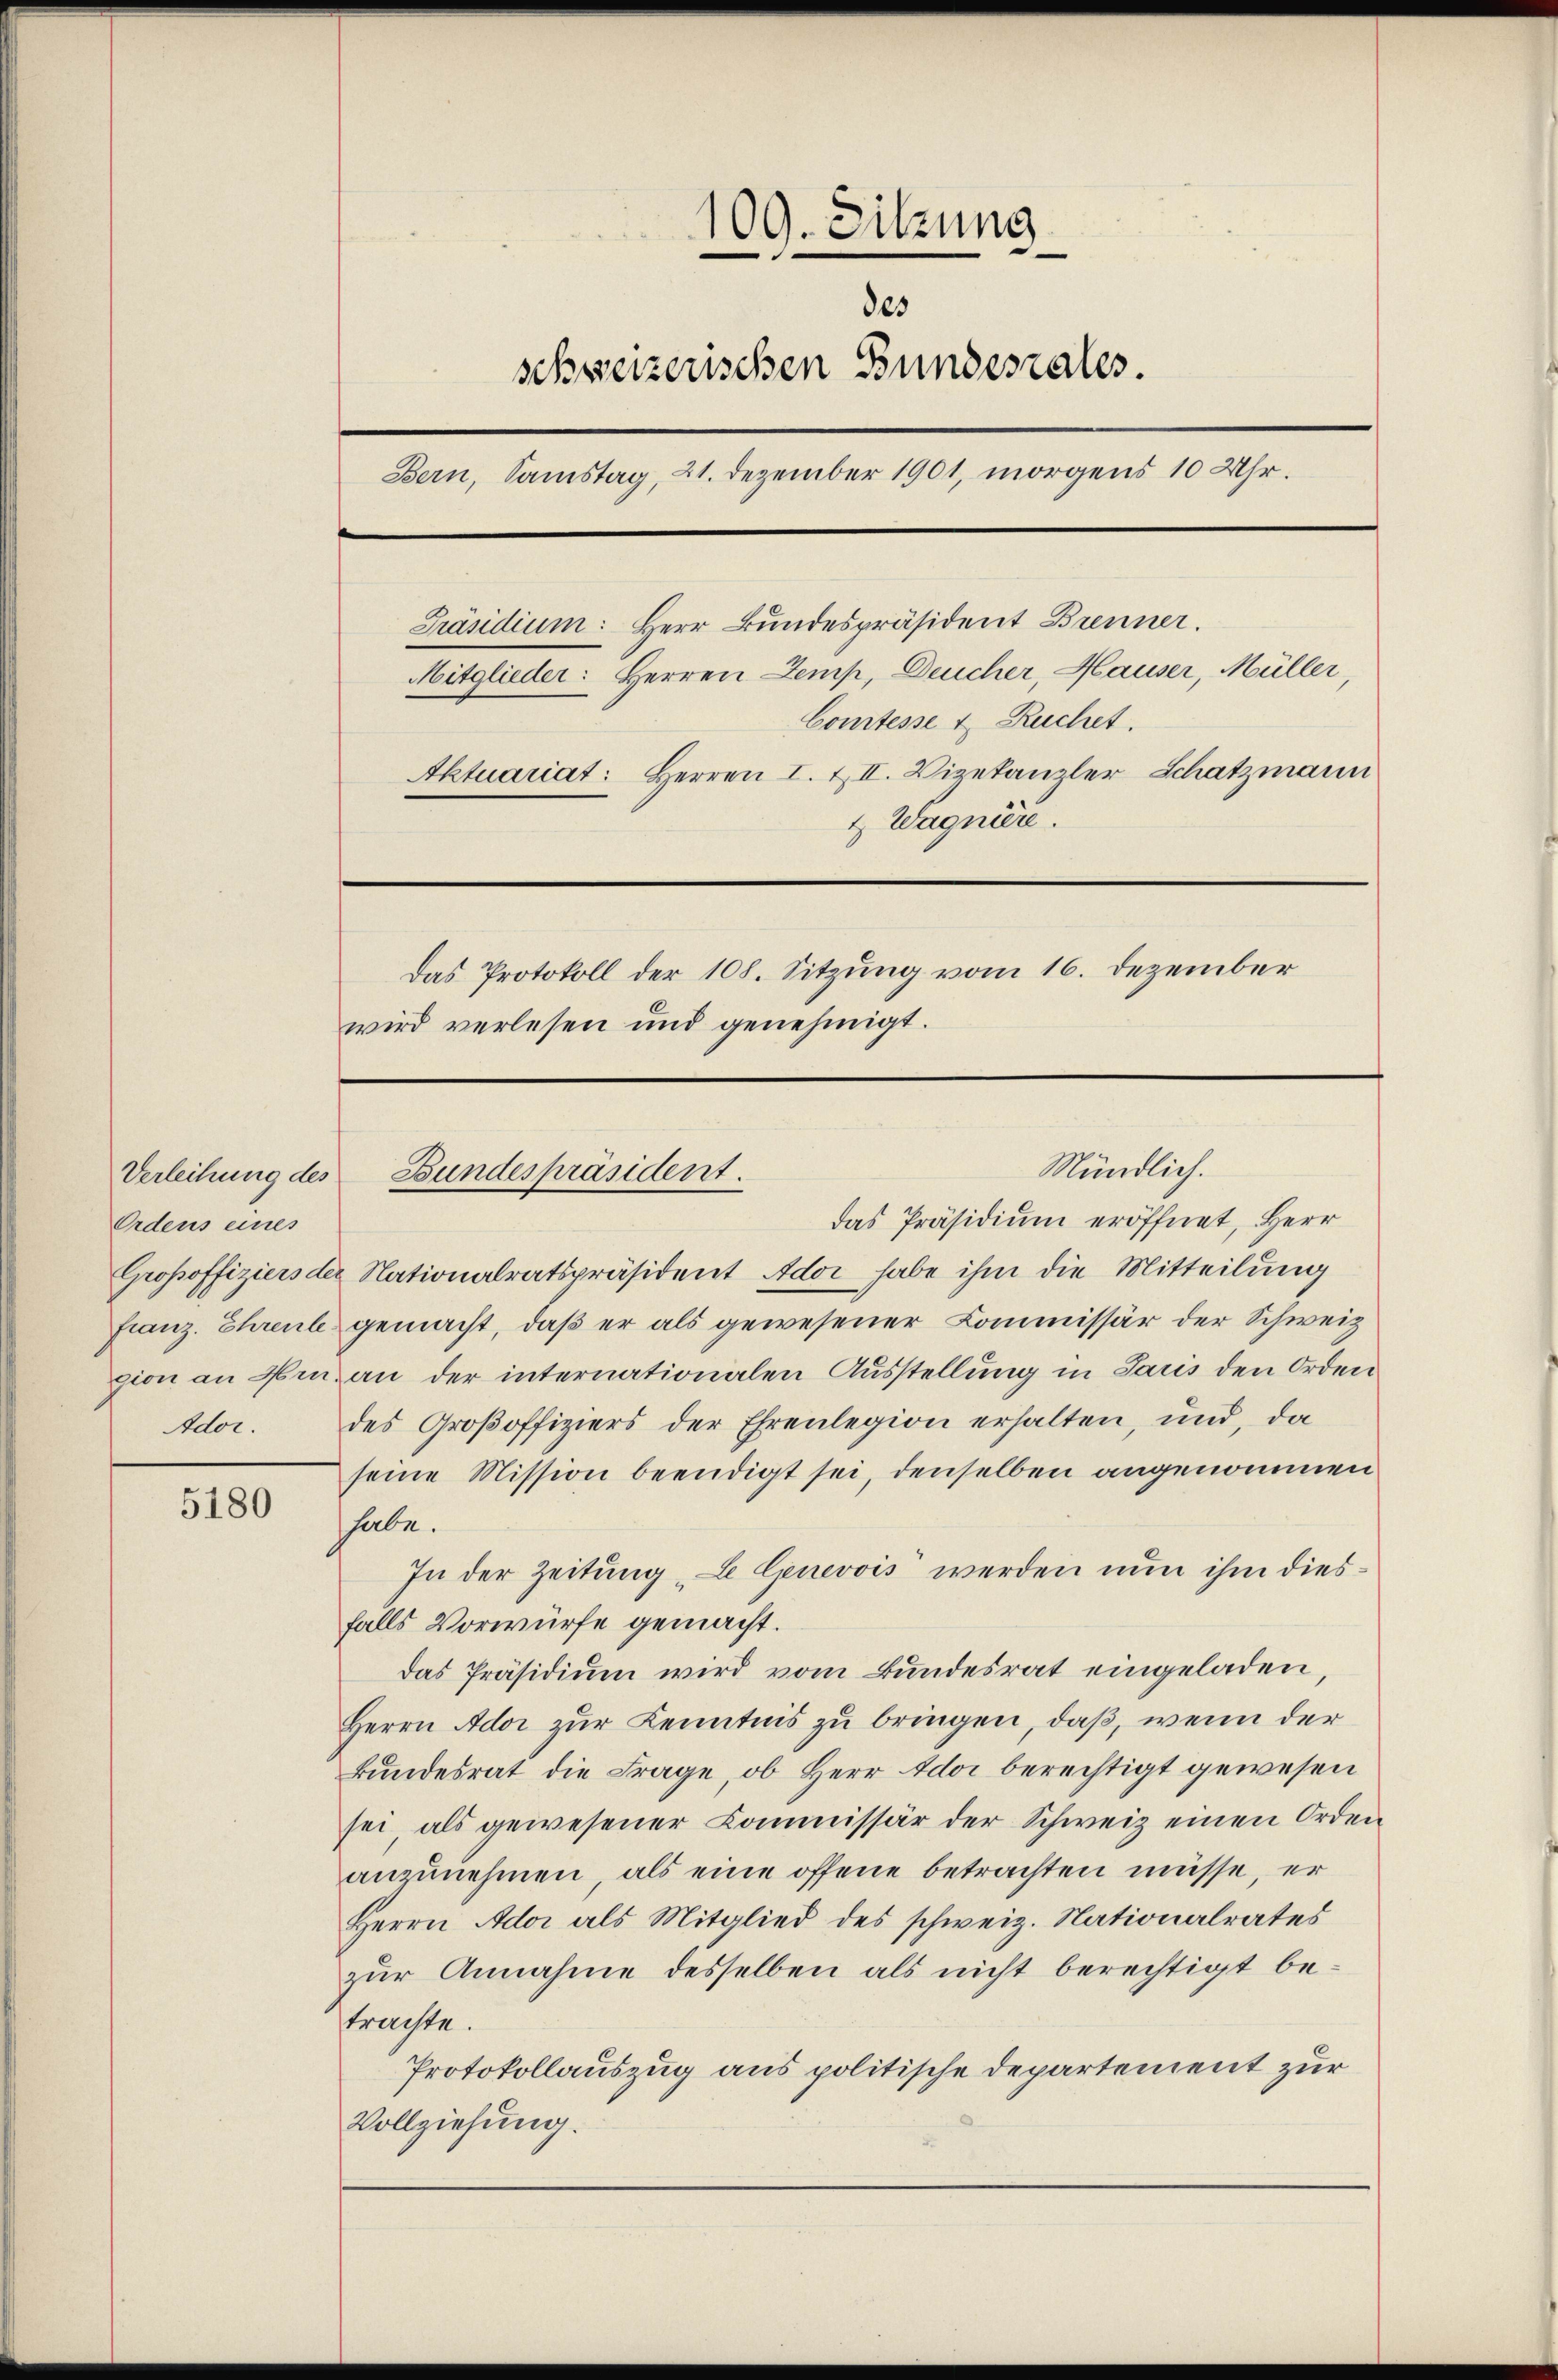
Ordens eines
Ador.

5180

109. Sitzung
des
schweizerischen Bundesrates.
Bern, Samstag, 21. Dezember 1901, morgens 10 Uhr.
Präsidium: Herr Bundespräsident Brenner.
Mitglieder: Herren Zemp, Deucher, Hauser, Müller
Comtesse u. Ruchet.
Aktuariat: Herren I. & II. Vizekanzler Schatzmann
4 Wagnière.
Das Protokoll der 108. Sitzung vom 16. Dezember
wird verlesen und genehmigt.

Verleihung des Bundespräsident.

Mündlich.

das Präsidium eröffnet, Herr
Großsoffiziers der Nationalratspräsident Ador habe ihm die Mitteilung
Franz. Ehreut gemacht, daß er als gewesener Commissär der Schweiz
gion an Hrn. an der internationalen Ausstellung in Paris den Orden
des Großoffiziers der Ehrenlegion erhalten, und, da
seine Mission beendigt sei, denselben angenommen
habe.
In der Zeitung "L Genevois“ werden nun ihm diesfalls Vorwürfe gemacht.
das Präsidium wird vom Bundesrat eingeladen,
Herrn Ador zur Kenntnis zu bringen, daß, wenn der
Bundesrat die Frage, ob Herr Ador berechtigt gewesen
sei, als gewesener Commissär der Schweiz einen Orden
anzunehmen, als eine offene betrachten müsse, er
Herrn Ador als Mitglied des schweiz. Nationalrates
zur Annahme desselben als nicht berechtigt betrachte.
Protokollauszug aus politische Departement zur
Vollziehung.